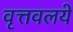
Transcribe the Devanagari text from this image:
वृत्तवलये